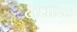
બથાયા